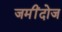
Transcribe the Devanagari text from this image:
जमींदोज